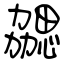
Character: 勰